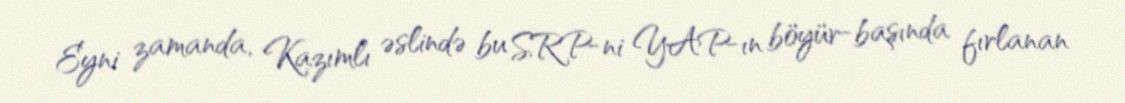
Eyni zamanda, Kazımlı əslində bu SRP-ni YAP-ın böyür-başında fırlanan